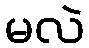
မလဲ